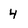
Character: 4